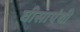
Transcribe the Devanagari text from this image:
घीसापंथी